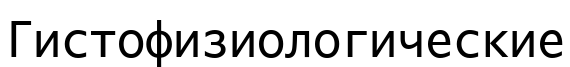
Гистофизиологические